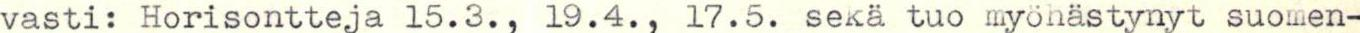
vasti: Horisontteja 15.3., 19.4., 17.5. sekä tuo myöhästynyt suomen-